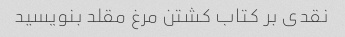
نقدی بر کتاب کشتن مرغ مقلد بنویسید